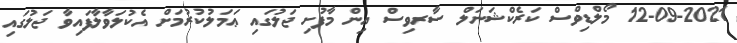
12-09-2021 މޯލްޑިވްސް ކަރެކްޝަނަލް ސާރވިސް އިން މާފުށި ޖަލުގައި ޢަމަލުކުރުމަށް އެކުލަވާލާފައިވާ ޖަލުގައި